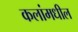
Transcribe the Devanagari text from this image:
कलांमधील